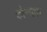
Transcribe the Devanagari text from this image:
कोन्यक